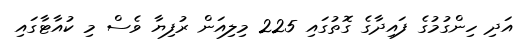
އަދި ހިންގުމުގެ ފައިދާގެ ގޮތުގައި 225 މިލިއަން ރުފިޔާ ވެސް މި ކުއާޓާގައި